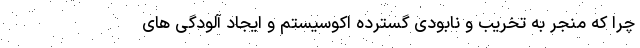
چرا که منجر به تخریب و نابودی گسترده اکوسیستم و ایجاد آلودگی های